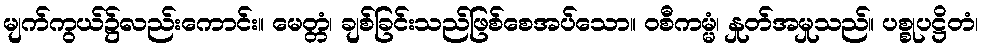
မျက်ကွယ်၌လည်းကောင်း။ မေတ္တံ၊ ချစ်ခြင်းသည်ဖြစ်စေအပ်သော။ ဝစီကမ္မံ၊ နှုတ်အမှုသည်။ ပစ္စုပဋ္ဌိတံ၊